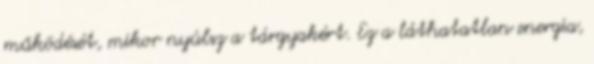
működését, mikor nyúlsz a tárgyakért. Ez a láthatatlan energia,